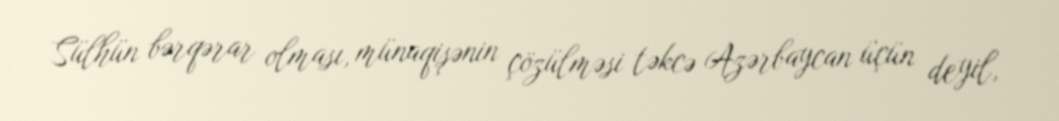
Sülhün bərqərar olması, münaqişənin çözülməsi təkcə Azərbaycan üçün deyil,